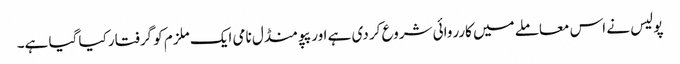
پولیس نے اس معاملے میں کارروائی شروع کر دی ہے اور پپو منڈل نامی ایک ملزم کو گرفتار کیا گیا ہے۔